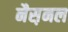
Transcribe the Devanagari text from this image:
नैस़नल